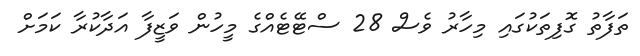
ތަފާތު ގޮފިތަކުގައި މިހާރު ވެސް 28 ސްޓޭޓެއްގެ މީހުން ވަޒީފާ އަދާކުރާ ކަމަށް